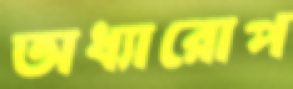
অধ্যারোপ